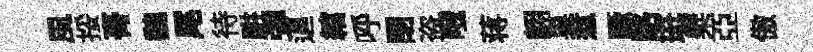
風挼𮌔魏尾待畊彈逼綰呼閉盗哦蒋翺巢惹蹶賂珽檗亞傲